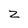
Character: z